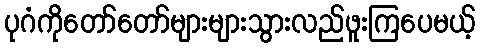
ပုဂံကိုတော်တော်များများသွားလည်ဖူးကြပေမယ့်